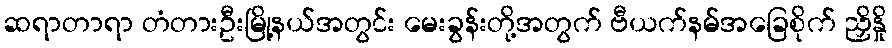
ဆရာတာရာ တံတားဦးမြို့နယ်အတွင်း မေးခွန်းတို့အတွက် ဗီယက်နမ်အခြေစိုက် ညှိနှို